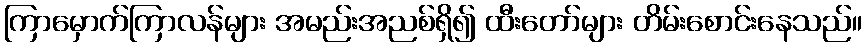
ကြာမှောက်ကြာလန်များ အမည်းအညစ်ရှိ၍ ထီးတော်များ တိမ်းစောင်းနေသည်။